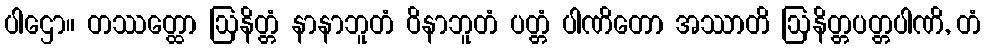
ပါဌော။ တဿတ္ထော ဩနိတ္တံ နာနာဘူတံ ဝိနာဘူတံ ပတ္တံ ပါဏိတော အဿာတိ ဩနိတ္တပတ္တပါဏိ, တံ